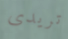
تريدى